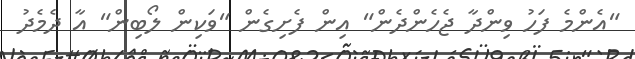
"އެންމެ ފަހު ވިންދާ ޖެހެންދެން" އިން ފެށިގެން "ވަކިން ލޯބިން" އާ ދެމެދު